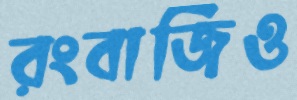
রংবাজিও